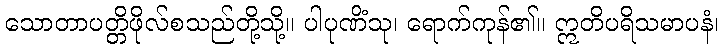
သောတာပတ္တိဖိုလ်စသည်တို့သို့။ ပါပုဏိံသု၊ ရောက်ကုန်၏။ ဣတိပရိသမာပနံ၊